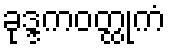
ခုဒ္ဒကဝတ္ထုကံ